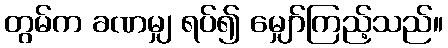
တွမ်က ခဏမျှ ရပ်၍ မျှော်ကြည့်သည်။